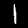
Digit: 1